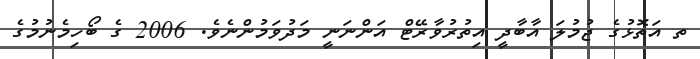
ތ އަތޮޅުގެ ޖުމުލަ އާބާދީ އިތުރުވާރޭޓް އަންނަނީ މަދުވަމުންނެވެ. 2006 ގެ ބޯހިމެނުމުގެ